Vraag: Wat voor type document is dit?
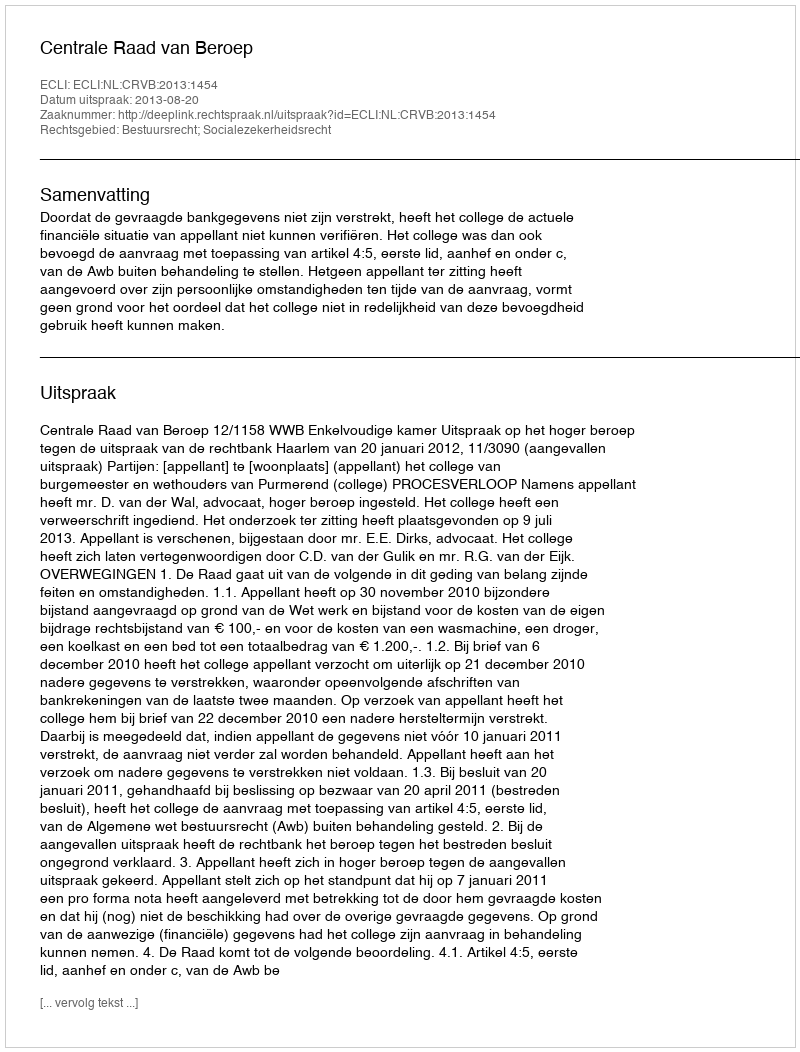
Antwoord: Uitspraak